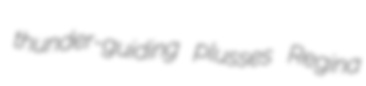
thunder-guiding plusses Regina